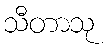
သီတာသု